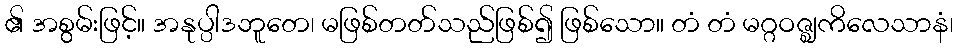
၏ အစွမ်းဖြင့်။ အနုပ္ပါဒဘူတေ၊ မဖြစ်တတ်သည်ဖြစ်၍ ဖြစ်သော။ တံ တံ မဂ္ဂဝဇ္ဈကိလေသာနံ၊